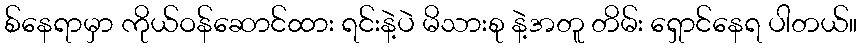
စ်နေရာမှာ ကိုယ်ဝန်ဆောင်ထား ရင်းနဲ့ပဲ မိသားစု နဲ့အတူ တိမ်း ရှောင်နေရ ပါတယ်။